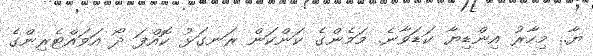
ޔާ.. މިހާރު އިންޑިޔާ ކަޑަވާނެ. މަމެންގެ ކަންކަން ރަނގަޅު ކޮއްފަ ދޯ އަވައްޓެރިންގެ